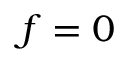
f = 0